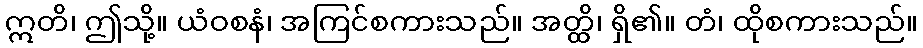
ဣတိ၊ ဤသို့။ ယံဝစနံ၊ အကြင်စကားသည်။ အတ္ထိ၊ ရှိ၏။ တံ၊ ထိုစကားသည်။